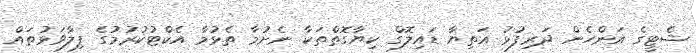
ޝެޓީގެ އަންހެން ދަރިފުޅު އަތިޔާ ޑައިލޮގް ކިޔާގޮތްތަކާ ނެށުމާ ތެޅުމާ އެކްޓުކުރުމުގެ ފިލާވަޅުތައް